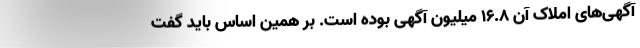
آگهی‌های املاک آن ۱۶.۸ میلیون آگهی بوده است. بر همین اساس باید گفت